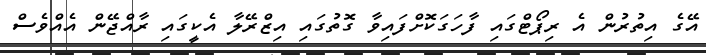
އޭގެ އިތުރުން އެ ރިޕޯޓްގައި ފާހަގަކޮށްފައިވާ ގޮތުގައި އިޒްރޭލާ އެކީގައި ރާއްޖޭން އެއްވެސް